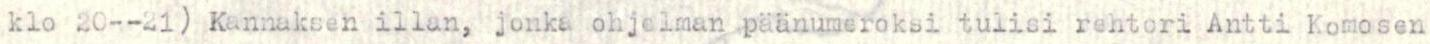
klo 20--21) Kannaksen illan, jonka ohjelman päänumeroksi tulisi rehtori Antti Komosen